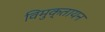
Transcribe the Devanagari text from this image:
विमुक्तायन